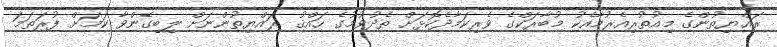
ރައްޔިތުންގެ މިއުތުރިއެރުމާއެކު މުބާރަކްގެ ވެރިކަމާދެކޮޅަށް ތެދުވުމުގެ ހައްޤު ރައްޔިތުންނަށް ލިބިގެންވާ ކަމަށް ފުރަތަމަ